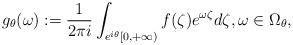
LaTeX: \begin{align*}g_{\theta}(\omega):=\frac{1}{2\pi i}\int_{e^{i\theta}[0,+\infty)}f(\zeta)e^{\omega \zeta}d\zeta,\omega\in\Omega_{\theta},\end{align*}